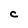
Character: c